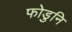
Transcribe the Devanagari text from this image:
फोडुनि